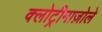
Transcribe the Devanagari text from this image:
क्लोट्रीमाज़ोले